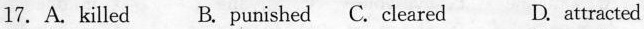
17. A. killed B. punished C. cleared D. attracted